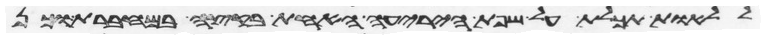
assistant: ללאות תכלת על שפת היריעה האחת בקצה במחברת וכן